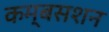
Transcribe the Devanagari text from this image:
कम्बसशन